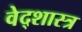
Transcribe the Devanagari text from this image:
वेद्शास्त्र